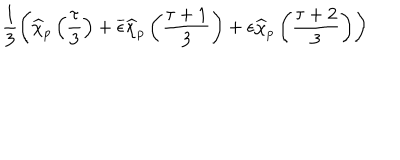
\frac { 1 } { 3 } \left( \widehat { \chi } _ { p } \left( \frac { \tau } { 3 } \right) + \overline { { { \epsilon } } } \widehat { \chi } _ { p } \left( \frac { \tau + 1 } { 3 } \right) + \epsilon \widehat { \chi } _ { p } \left( \frac { \tau + 2 } { 3 } \right) \right)